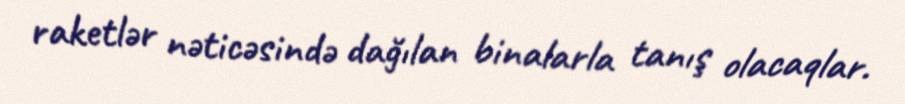
raketlər nəticəsində dağılan binalarla tanış olacaqlar.